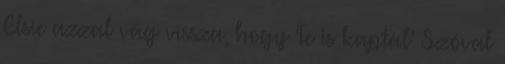
Elsie azzal vág vissza, hogy ‘Te is kaptál’ Szóval